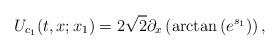
LaTeX: \begin{align*}U_{c_1}(t,x;x_1)=2\sqrt{2}\partial_x\left(\arctan\left( e^{s_1} \right)\right),\end{align*}